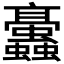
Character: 𧖁